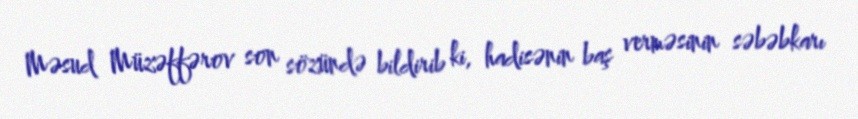
Məsud Müzəffərov son sözündə bildirib ki, hadisənin baş verməsinin səbəbkarı